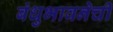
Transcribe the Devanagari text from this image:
बंधुभावनेची